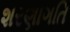
શરણાગતિ